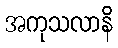
အကုသလာနိ